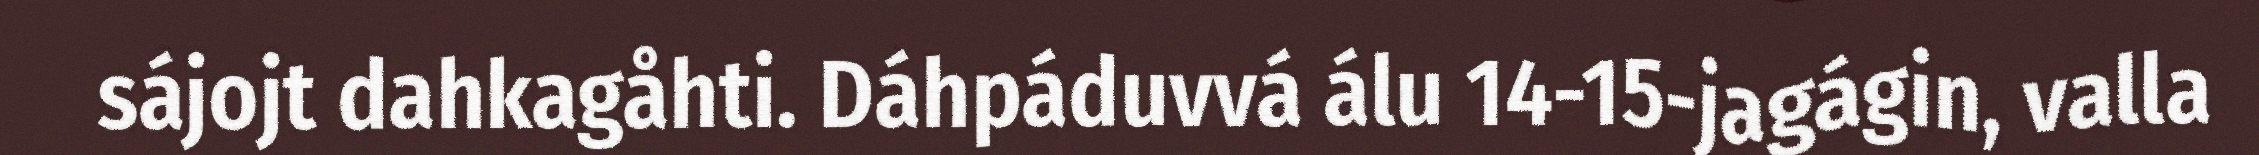
sájojt dahkagåhti. Dáhpáduvvá álu 14-15-jagágin, valla